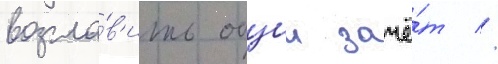
возгла́в'ить общии зачё́т //